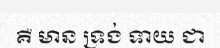
គឺ មាន ទ្រង់ ទាយ ជា